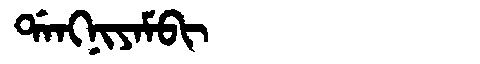
Manchu: ᡩᠠᠩᠨᡳᠶᠠᠮᠪᡳ
Romanization: DANGNIYAMBI